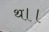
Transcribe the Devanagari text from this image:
थ।।